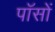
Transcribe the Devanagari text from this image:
पॉसों